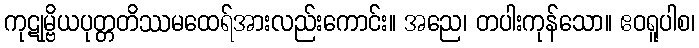
ကုဋုမ္ဗိယပုတ္တတိဿမထေရ်အားလည်းကောင်း။ အညေ၊ တပါးကုန်သော။ ဧဝရူပါစ၊